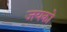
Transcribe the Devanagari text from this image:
जयको